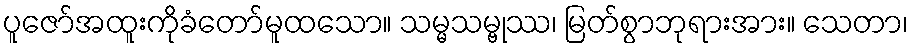
ပူဇော်အထူးကိုခံတော်မူထသော။ သမ္မသမ္ဗုဿ၊ မြတ်စွာဘုရားအား။ သေတာ၊